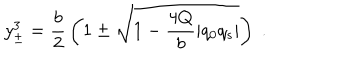
y _ { \pm } ^ { 3 } = { \frac { b } { 2 } } \left( 1 \pm \sqrt { 1 - { \frac { 4 Q } { b } } | q _ { 0 } q _ { s } | } \right) \; .